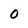
Character: O